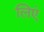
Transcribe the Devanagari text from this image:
लिएं